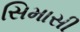
સિમાસી